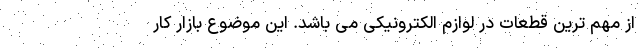
از مهم ترین قطعات در لوازم الکترونیکی می باشد. این موضوع بازار کار